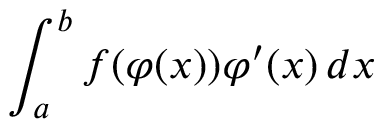
\int _ { a } ^ { b } f ( \varphi ( x ) ) \varphi ^ { \prime } ( x ) \, d x